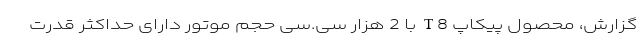
گزارش، محصول پیکاپ T8 با 2 هزار سی.سی حجم موتور دارای حداکثر قدرت